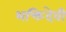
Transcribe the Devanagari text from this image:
भक्तिदेवी